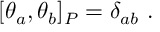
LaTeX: [ \theta _ { a } , \theta _ { b } ] _ { P } = \delta _ { a b } \ .